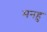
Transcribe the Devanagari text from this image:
मनहु